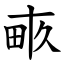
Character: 畞